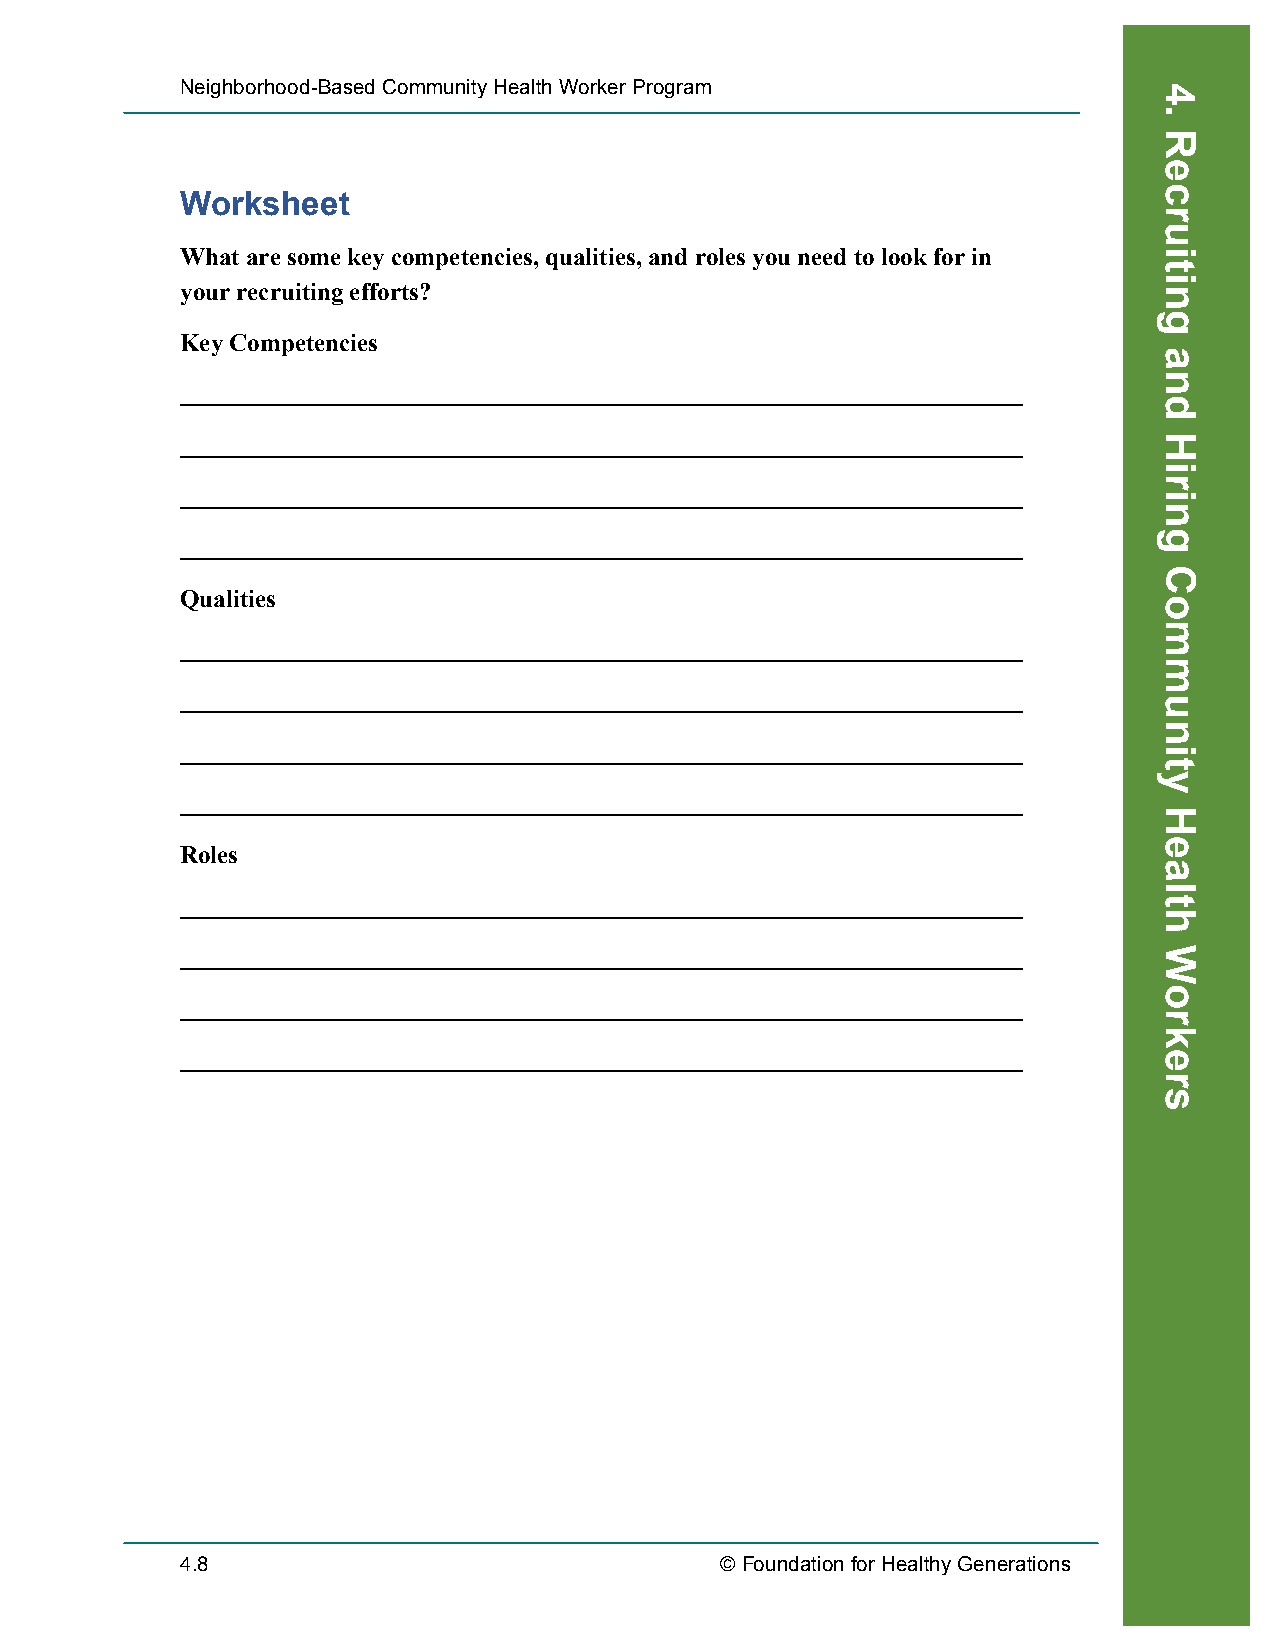
Neighborhood-Based Community Health Worker Program
 Worksheet
 What are some key competencies, qualities, and roles you need to look for in
 your recruiting efforts?
 Key Competencies
 Qualities
 Roles
 4.8                                 © Foundation for Healthy Generations
 Recruiting
 4.
 Recruiting
 and
 Hiring
 Community
 Health
 Workers